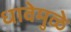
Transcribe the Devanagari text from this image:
धावेमुळे